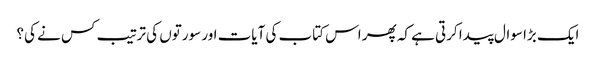
ایک بڑا سوال پیدا کرتی ہے کہ پھر اس کتاب کی آیات اور سورتوں کی ترتیب کس نے کی؟